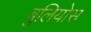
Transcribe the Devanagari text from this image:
बुलियोस